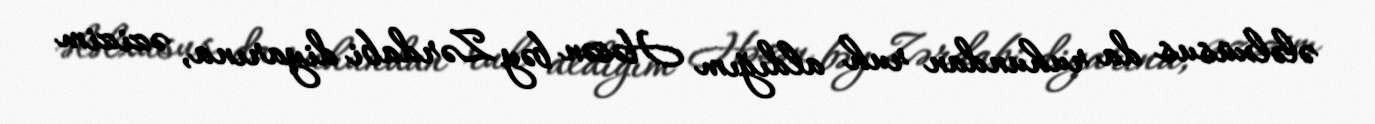
ələlxüsus da ruhundan ruh aldığım Həsən bəy Zərdabi diyarına, əzizim